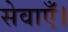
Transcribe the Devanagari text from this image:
सेवाएँ।